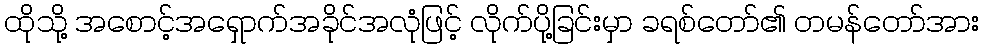
ထိုသို့ အစောင့်အရှောက်အခိုင်အလုံဖြင့် လိုက်ပို့ခြင်းမှာ ခရစ်တော်၏ တမန်တော်အား